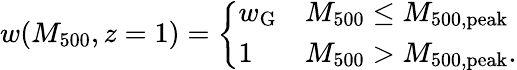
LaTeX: w(M_{500},z=1)=\left\{ \begin{array}{ll}{w_{\mathrm{G}}}&{M_{500}\leq M_{500,\mathrm{peak}}}\\ {1}&{M_{500}>M_{500,\mathrm{peak}}.}\end{array}\right.